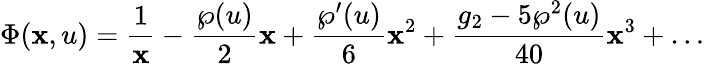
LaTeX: \Phi(\mathbf{x},u)={\frac{{1}}{{\mathbf{x}}}}-{\frac{{\wp(u)}}{{2}}}\mathbf{x}+{\frac{{\wp^{\prime}(u)}}{{6}}}\mathbf{x}^{2}+{\frac{{g_{2}-5\wp^{2}(u)}}{{40}}}\mathbf{x}^{3}+\ldots